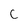
Character: c